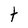
Character: t